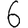
Digit: 6